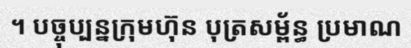
។ បច្ចុប្បន្នក្រុមហ៊ុន បុត្រសម្ព័ន្ធ ប្រមាណ